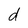
Character: d